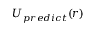
U _ { p r e d i c t } ( r )